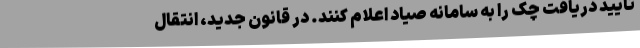
تایید دریافت چک را به سامانه صیاد اعلام کنند. در قانون جدید، انتقال